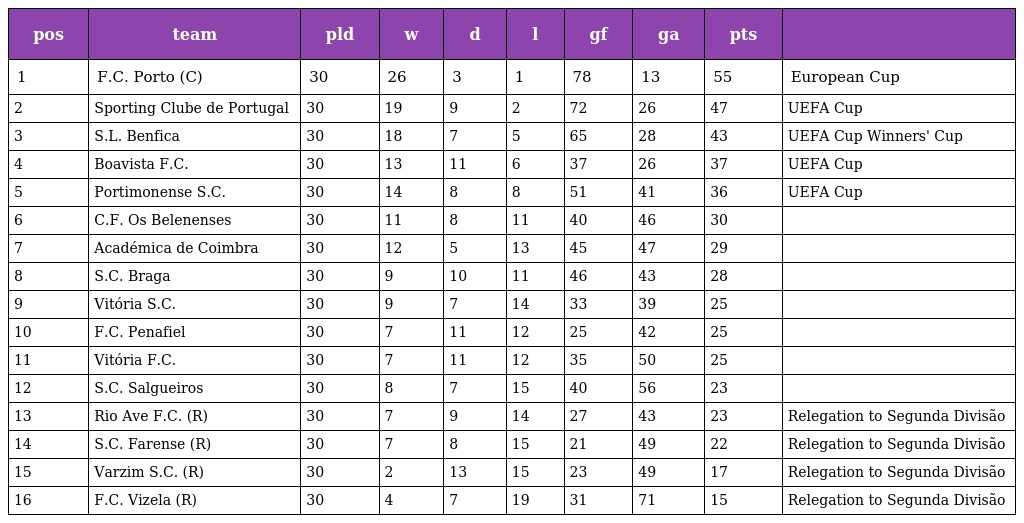
| pos | team | pld | w | d | l | gf | ga | pts |  |
 | --- | --- | --- | --- | --- | --- | --- | --- | --- | --- |
 | 1 | F.C. Porto (C) | 30 | 26 | 3 | 1 | 78 | 13 | 55 | European Cup |
 | 2 | Sporting Clube de Portugal | 30 | 19 | 9 | 2 | 72 | 26 | 47 | UEFA Cup |
 | 3 | S.L. Benfica | 30 | 18 | 7 | 5 | 65 | 28 | 43 | UEFA Cup Winners' Cup |
 | 4 | Boavista F.C. | 30 | 13 | 11 | 6 | 37 | 26 | 37 | UEFA Cup |
 | 5 | Portimonense S.C. | 30 | 14 | 8 | 8 | 51 | 41 | 36 | UEFA Cup |
 | 6 | C.F. Os Belenenses | 30 | 11 | 8 | 11 | 40 | 46 | 30 |  |
 | 7 | Académica de Coimbra | 30 | 12 | 5 | 13 | 45 | 47 | 29 |  |
 | 8 | S.C. Braga | 30 | 9 | 10 | 11 | 46 | 43 | 28 |  |
 | 9 | Vitória S.C. | 30 | 9 | 7 | 14 | 33 | 39 | 25 |  |
 | 10 | F.C. Penafiel | 30 | 7 | 11 | 12 | 25 | 42 | 25 |  |
 | 11 | Vitória F.C. | 30 | 7 | 11 | 12 | 35 | 50 | 25 |  |
 | 12 | S.C. Salgueiros | 30 | 8 | 7 | 15 | 40 | 56 | 23 |  |
 | 13 | Rio Ave F.C. (R) | 30 | 7 | 9 | 14 | 27 | 43 | 23 | Relegation to Segunda Divisão |
 | 14 | S.C. Farense (R) | 30 | 7 | 8 | 15 | 21 | 49 | 22 | Relegation to Segunda Divisão |
 | 15 | Varzim S.C. (R) | 30 | 2 | 13 | 15 | 23 | 49 | 17 | Relegation to Segunda Divisão |
 | 16 | F.C. Vizela (R) | 30 | 4 | 7 | 19 | 31 | 71 | 15 | Relegation to Segunda Divisão |